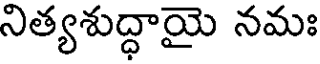
నిత్యశుద్ధాయై నమః